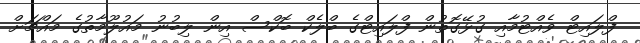
ފްލައިޓް ވެއްޓުމާއި ގުޅޭގޮތުން ފްލައިޓްގެ ބްލެކް ބޮކްސް އިން ލިބުނު މައުލޫމާތުގެ މައްޗަށް